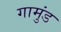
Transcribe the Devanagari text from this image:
गामुंड